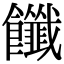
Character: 𩟶